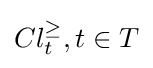
Cl_{t}^{\geq },t\in T